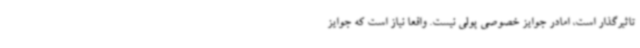
تاثیرگذار است، امادر جوایز خصوصی پولی نیست. واقعا نیاز است که جوایز